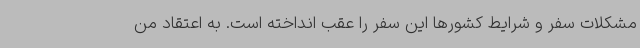
مشکلات سفر و شرایط کشورها این سفر را عقب انداخته است. به اعتقاد من